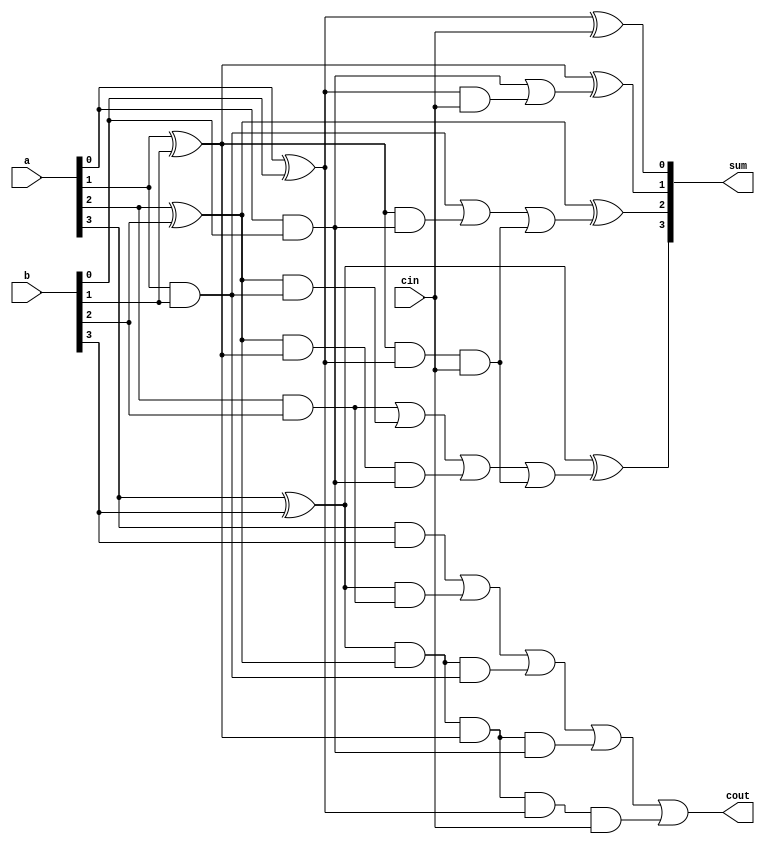
`timescale 1ns / 1ps

//// Carry Look Ahead Adder

module CLA_Adder(a,b,cin,sum,cout);
input[3:0] a,b;
input cin;
output [3:0] sum;
output cout;
wire p0,p1,p2,p3,g0,g1,g2,g3,c1,c2,c3,c4;
assign p0=(a[0]^b[0]),
p1=(a[1]^b[1]),
p2=(a[2]^b[2]),
p3=(a[3]^b[3]);
assign g0=(a[0]&b[0]),
g1=(a[1]&b[1]),
g2=(a[2]&b[2]),
g3=(a[3]&b[3]);
assign c0=cin,
c1=g0|(p0&cin),
c2=g1|(p1&g0)|(p1&p0&cin),
c3=g2|(p2&g1)|(p2&p1&g0)|(p1&p1&p0&cin),
c4=g3|(p3&g2)|(p3&p2&g1)|(p3&p2&p1&g0)|(p3&p2&p1&p0&cin);
assign sum[0]=p0^c0,
sum[1]=p1^c1,
sum[2]=p2^c2,
sum[3]=p3^c3;
assign cout=c4;
endmodule